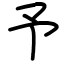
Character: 予